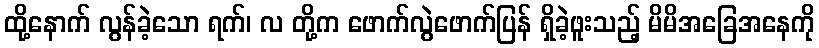
ထို့နောက် လွန်ခဲ့သော ရက်၊ လ တို့က ဖောက်လွဲဖောက်ပြန် ရှိခဲ့ဖူးသည့် မိမိအခြေအနေကို